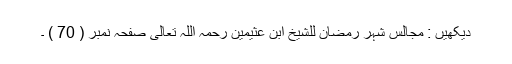
دیکھیں : مجالس شہر رمضان للشیخ ابن عثیمین رحمہ اللہ تعالی صفحہ نمبر ( 70 ) ۔